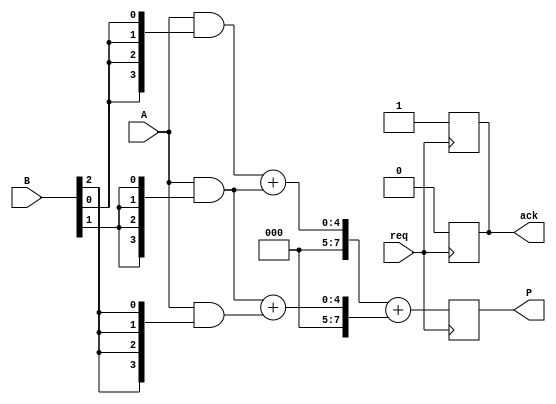
module async_wallace_tree_multiplier #(parameter N = 4, M = 4) (
    input [N-1:0] A,
    input [M-1:0] B,
    input req,        // Request signal
    output reg [N+M-1:0] P, // Product output
    output reg ack     // Acknowledge signal
);

    // Partial product generation
    wire [N-1:0] pp[M-1:0]; // Partial products
    genvar i;
    generate
        for (i = 0; i < M; i = i + 1) begin : gen_partial_products
            assign pp[i] = A & {N{B[i]}}; // AND operation for partial products
        end
    endgenerate

    // Wallace tree reduction
    wire [N+M-1:0] sum [M-1:0]; // Sums at each stage
    wire [M-1:0] carry;          // Carry bits

    // Stage 1: Sum and carry generation
    generate
        for (i = 0; i < M-1; i = i + 1) begin : stage1
            assign {carry[i], sum[i]} = pp[i] + pp[i+1]; // Full adder
        end
    endgenerate

    // Stage 2: Further reduction
    wire [N+M-1:0] final_sum;
    wire final_carry;

    assign {final_carry, final_sum} = sum[0] + sum[1]; // Final addition

    // Output assignment
    always @(posedge req) begin
        P <= final_sum; // Assign product on request
        ack <= 1;       // Acknowledge the request
    end

    // Reset acknowledge signal
    always @(negedge req) begin
        ack <= 0;       // Reset acknowledge signal
    end

endmodule